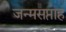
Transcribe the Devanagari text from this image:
जन्मसप्ताह